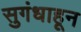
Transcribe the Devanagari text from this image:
सुगंधाहून